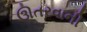
ઊતરવાની